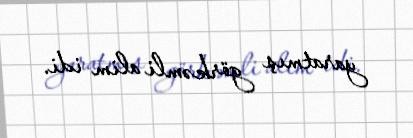
yaratmış görkəmli alim idi.